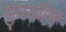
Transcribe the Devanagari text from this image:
सुपरवीक्स